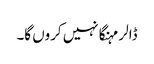
ڈالر مہنگا نہیں کروں گا۔